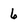
Character: 6